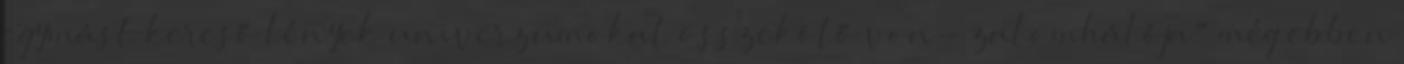
egymást kereső lények univerzumokat összekötő von- zalomhálója" még ebben